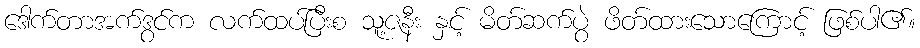
ဒေါက်တာအက်ဒွင်က လက်ထပ်ပြီးစ သူ့ဇနီး နှင့် မိတ်ဆက်ပွဲ ဖိတ်ထားသောကြောင့် ဖြစ်ပါ၏။